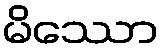
မိဿော